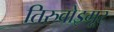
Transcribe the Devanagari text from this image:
तिरुवोइमूर